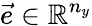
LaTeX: \vec{e}\in\mathbb R^{n_{y}}